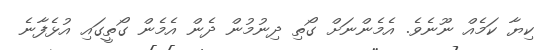
ކިޔާ ކަމެއް ނޫނެވެ. އެމެންނަށް ގޯތި ދިނުމުން ދެން އެމެން ގޯތީގައި އުޅެފާނެ